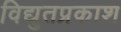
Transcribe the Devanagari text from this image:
विद्युतप्रकाश